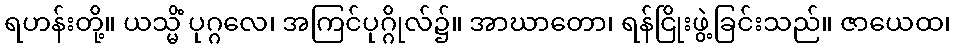
ရဟန်းတို့။ ယသ္မိံ ပုဂ္ဂလေ၊ အကြင်ပုဂ္ဂိုလ်၌။ အာဃာတော၊ ရန်ငြိုးဖွဲ့ခြင်းသည်။ ဇာယေထ၊